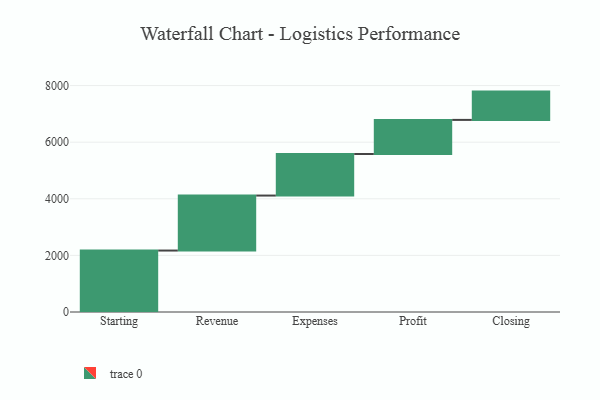
{"axis": {"x": "Step", "y": "Value"}, "legend": [""], "data": [{"x": "Starting", "y": 2171.0, "type": ""}, {"x": "Revenue", "y": 1943.0, "type": ""}, {"x": "Expenses", "y": 1469.0, "type": ""}, {"x": "Profit", "y": 1204.0, "type": ""}, {"x": "Closing", "y": 1000, "type": ""}]}